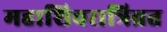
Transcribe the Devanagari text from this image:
महाशिवरात्रिव्रत